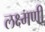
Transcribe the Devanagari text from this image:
लक्ष्मणी